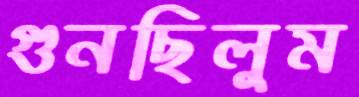
গুনছিলুম